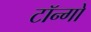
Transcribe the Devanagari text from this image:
टॉन्गो